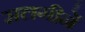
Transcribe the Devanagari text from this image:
सलगीनें